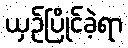
ယှဉ်ပြိုင်ခဲ့ရာ